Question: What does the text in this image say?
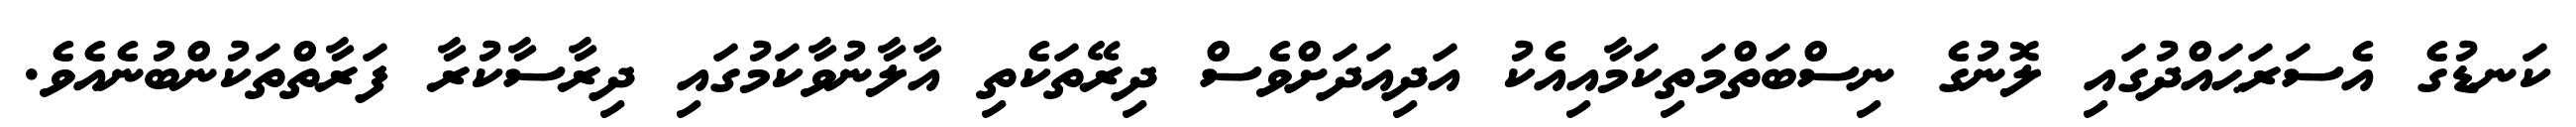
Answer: ކަނޑުގެ އެސަރަޙައްދުގައި ލޮނުގެ ނިސްބަތްމަތިކަމާއިއެކު އަދިއަދަށްވެސް ދިރޭތަކެތި އާލާނުވާކަމުގައި ދިރާސާކުރާ ފަރާތްތަކުންބުނެއެވެ.